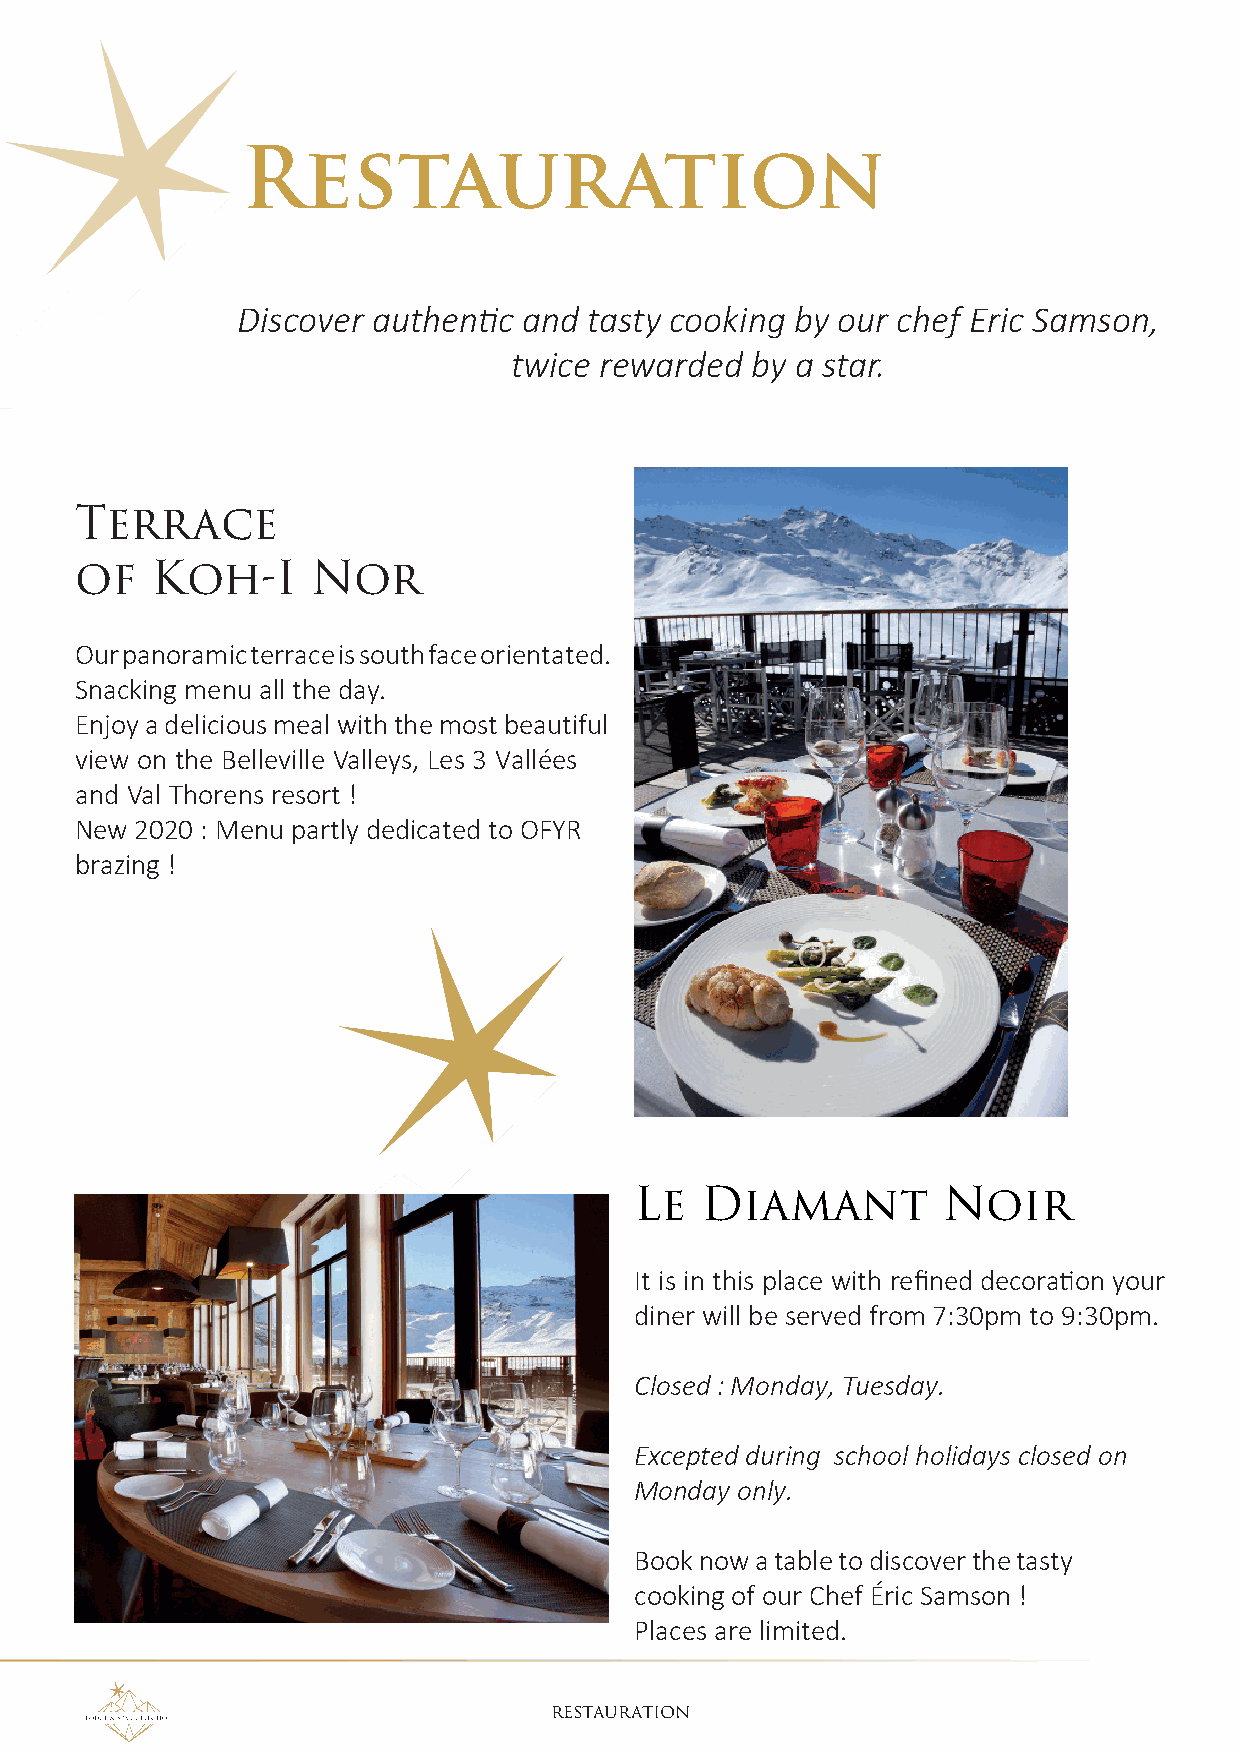
Restauration
 Discover authentic and tasty cooking by our chef Eric Samson,
 twice rewarded  by a star.
 Terrace
 of   Koh-I      Nor
 Our panoramic terrace is south face orientated.
 Snacking menu all the day.
 Enjoy a delicious meal with the most beautiful
 view on the Belleville Valleys, Les 3 Vallées
 and Val Thorens resort !
 New 2020 : Menu partly dedicated to OFYR
 brazing !
 Le  Diamant         Noir
 It is in this place with refined decoration your
 diner will be served from 7:30pm to 9:30pm.
 Closed : Monday, Tuesday.
 Excepted during school holidays closed on
 Monday only.
 Book now a table to discover the tasty
 cooking of our Chef Éric Samson !
 Places are limited.
 RESTAURATION